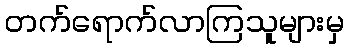
တက်ရောက်လာကြသူများမှ